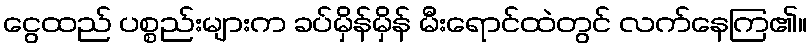
ငွေထည် ပစ္စည်းများက ခပ်မှိန်မှိန် မီးရောင်ထဲတွင် လက်နေကြ၏။